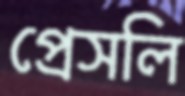
প্রেসলি